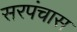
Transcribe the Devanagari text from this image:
सरपंचास